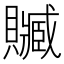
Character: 贓